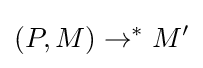
(P,M)\rightarrow ^{*}M^{\prime }